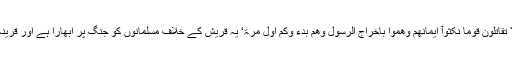
نقض عہد کے بعد قریش سے قتال کی ہدایت: ’اَلَا تُقَاتِلُوْنَ قَوْمًا نَّکَثُوْآ اَیْمَانَھُمْ وَھَمُّوْا بِاِخْرَاجِ الرَّسُوْلِ وَھُمْ بَدَءُ وْکُمْ اَوَّلَ مَرَّۃٍ‘ یہ قریش کے خلاف مسلمانوں کو جنگ پر ابھارا ہے اور قرینہ دلیل ہے کہ آیت کچھ فصل سے نازل ہوئی ہے۔